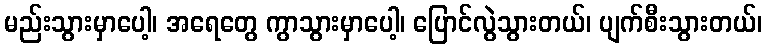
မည်းသွားမှာပေါ့၊ အရေတွေ ကွာသွားမှာပေါ့၊ ပြောင်လွဲသွားတယ်၊ ပျက်စီးသွားတယ်၊